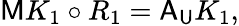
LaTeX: \mathsf{M}K_{1}\circ R_{1}=\mathsf{A}_{\mathsf{U}}K_{1},